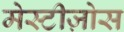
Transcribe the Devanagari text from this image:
मेस्टीज़ोस